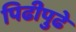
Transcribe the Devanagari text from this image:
पिढीपुढे